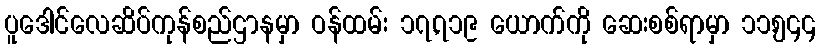
ပူဒေါင်လေဆိပ်ကုန်စည်ဌာနမှာ ဝန်ထမ်း ၁၇,၇၁၉ ယောက်ကို ဆေးစစ်ရာမှာ ၁၁,၅၄၄